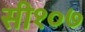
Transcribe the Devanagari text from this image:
सी१०७